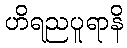
ဟိရညပူရာနိ